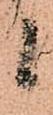
候